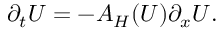
\begin{array} { r } { \partial _ { t } U = - A _ { H } ( U ) \partial _ { x } U . } \end{array}